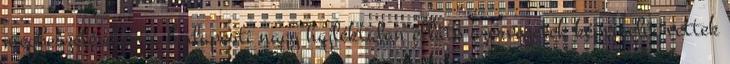
megbeszéléseken a budapesti nagy hajléktalan ellátó szervezetek képviselői vettek